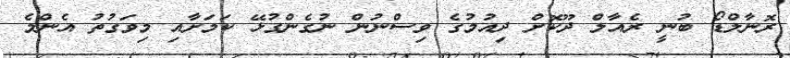
ރޮނާލްޑޯ ބުނީ ރެއާލް ދޫކޮށް ދިއުމުގެ ވިސްނުން ނުގެންގުޅޭ ކަމަށާއި މިވަގުތު އެންމެ